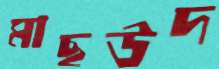
মাছউদ